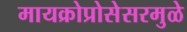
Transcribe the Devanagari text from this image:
मायक्रोप्रोसेसरमुळे